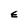
Character: E